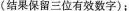
(结果保留三位有效数字)：